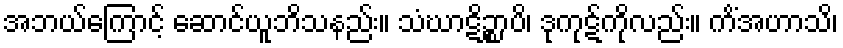
အဘယ်ကြောင့် ဆောင်ယူဘိသနည်း။ သံဃာဋိဉ္စာပိ၊ ဒုကုဋ်ကိုလည်း။ ကိံအဟာသိ၊